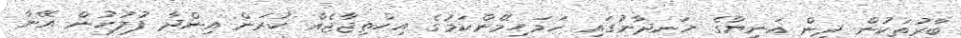
ބާރުތަކުން ދިން އަނިޔާގެ ހަނދާނުގައި ހަމަހިމޭންކަމުގެ އިހްތިޖާޖެއް ކުރަން އިންދާ ފުލުހުން އޭނާ